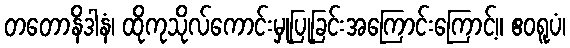
တတောနိဒါနံ၊ ထိုကုသိုလ်ကောင်းမှုပြုခြင်းအကြောင်းကြောင့်။ ဧဝရူပံ၊